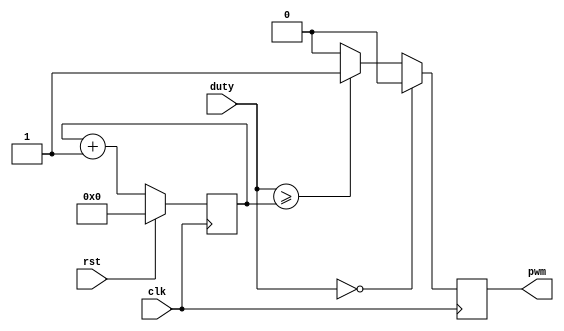
module pwm #(
    parameter LENGTH = 8
  )(
    input clk,
    input rst,
    input [LENGTH-1 : 0] duty,
    output pwm
  );

  reg pwm_d, pwm_q;
  reg [LENGTH-1 : 0] ctr_d, ctr_q;

  assign pwm = pwm_q;

  always @(*) begin
    ctr_d = ctr_q + 1'b1;

    // special case for zero duty cycle
    if (duty == 0) begin
      pwm_d = 1'b0;
    end
    // otherwise, turn the output on while the counter
    // is less than or equal to the duty cycle and turn
    // it off when it exceeds the duty cycle
    else if (duty >= ctr_q) begin
      pwm_d = 1'b1;
    end else begin
      pwm_d = 1'b0;
    end
  end

  always @(posedge clk) begin
    if (rst) begin
      ctr_q <= 1'b0;
    end else begin
      ctr_q <= ctr_d;
    end

    pwm_q <= pwm_d;
  end

endmodule // pwm